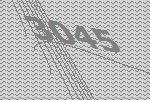
3045